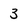
Character: 3